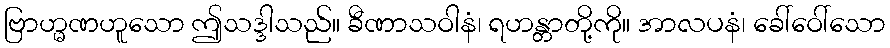
ဗြာဟ္မဏဟူသော ဤသဒ္ဒါသည်။ ခီဏာသဝါနံ၊ ရဟန္တာတို့ကို။ အာလပနံ၊ ခေါ်ဝေါ်သော